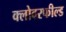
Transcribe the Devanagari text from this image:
क्लोवरफील्ड